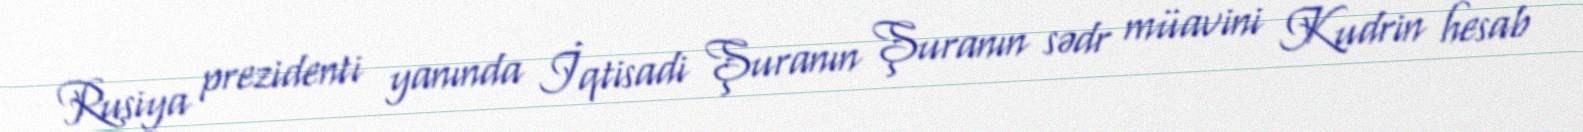
Rusiya prezidenti yanında İqtisadi Şuranın Şuranın sədr müavini Kudrin hesab